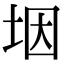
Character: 㘻